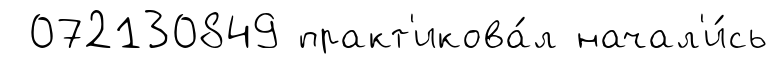
072130849 практ'икова́л начал'и́сь